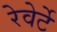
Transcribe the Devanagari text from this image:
रेवेर्टे